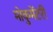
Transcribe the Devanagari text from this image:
मोकुमेंटरी